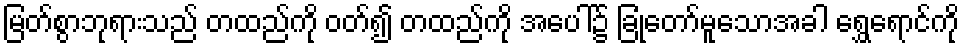
မြတ်စွာဘုရားသည် တထည်ကို ဝတ်၍ တထည်ကို အပေါ်၌ ခြုံတော်မူသောအခါ ရွှေရောင်ကို